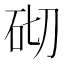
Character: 砌